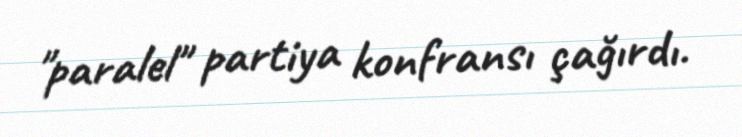
"paralel" partiya konfransı çağırdı.